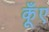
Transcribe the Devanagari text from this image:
कूँए